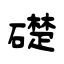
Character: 礎